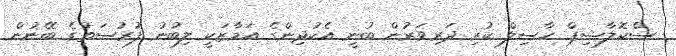
ސްކޮލާޝިޕް ހާސިލް ކުރި ދަރިވަރުން ބުނީ އެކުދިންގެ އަމާޒަކީ ލިބުނު ފުރުސަތުގެ ބޭނުން